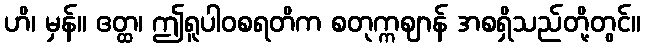
ဟိ၊ မှန်။ ဧတ္ထ၊ ဤရူပါဝစရတိက စတုက္ကဈာန် အစရှိသည်တို့တွင်။